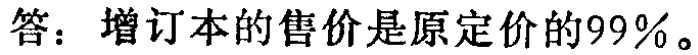
答：增订本的售价是原定价的99%。